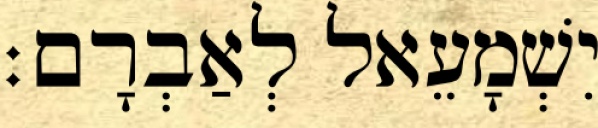
יִשְׁמָעֵאל לְאַבְרָם׃